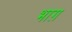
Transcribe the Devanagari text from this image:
भाग़